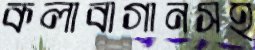
কলাবাগানসহ